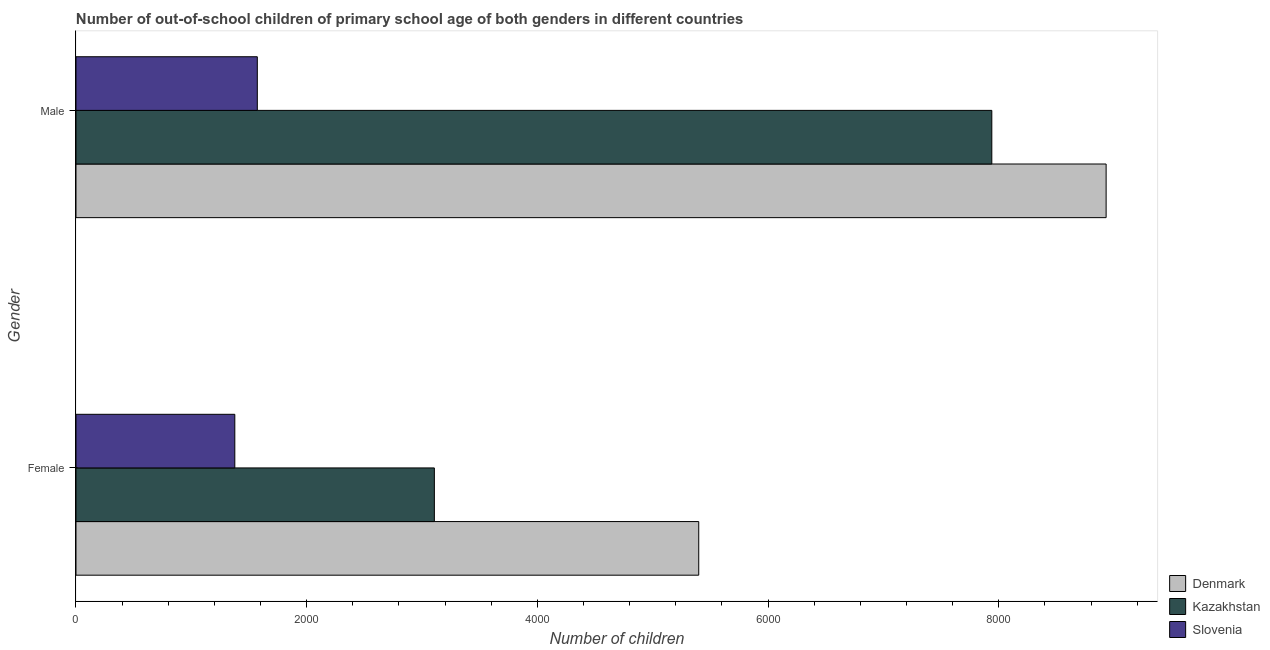
| Gender | Denmark | Kazakhstan | Slovenia |
 | --- | --- | --- | --- |
 | Female | 5.4e+03 | 3.11e+03 | 1.38e+03 |
 | Male | 8.93e+03 | 7.94e+03 | 1.57e+03 |